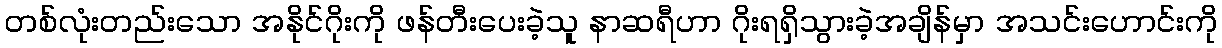
တစ်လုံးတည်းသော အနိုင်ဂိုးကို ဖန်တီးပေးခဲ့သူ နာဆရီဟာ ဂိုးရရှိသွားခဲ့အချိန်မှာ အသင်းဟောင်းကို